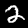
Digit: 2